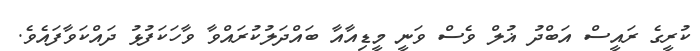
ކުރީގެ ރައީސް އަބްދު ޣުލް ވެސް ވަނީ މީީޑިއާއާ ބައްދަލުކުރައްވާ ވާހަކަފުޅު ދައްކަވާފައެވެ.